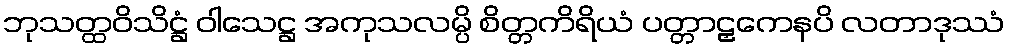
ဘုသတ္ထဝိသိဋ္ဌံ ဝါသေဋ္ဌ အကုသလမ္ပိ စိတ္တကိရိယံ ပတ္တာဠှကေနပိ လတာဒုဿံ